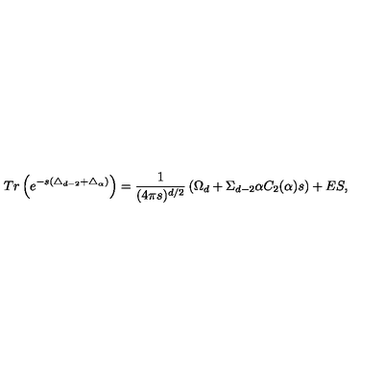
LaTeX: T r \left( e ^ { - s ( \triangle _ { d - 2 } + \triangle _ { \alpha } ) } \right) = { \frac { 1 } { ( 4 \pi s ) ^ { d / 2 } } } \left( \Omega _ { d } + \Sigma _ { d - 2 } \alpha C _ { 2 } ( \alpha ) s \right) + E S ,